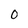
Character: O